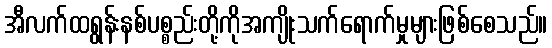
အီလက်ထရွန်းနစ်ပစ္စည်းတို့ကိုအကျိုးသက်ရောက်မှုများဖြစ်စေသည်။